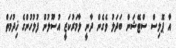
އާ ޕޮލިސް ސްޓޭޝަން ބަދަލު ވެގެން ދާނީ ލާމަރުކަޒީ އުސޫލުން ފުލުހުންގެ ޚިދުމަތް